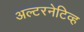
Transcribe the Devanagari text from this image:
अल्टरनेटिव्ह